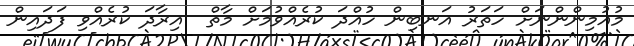
މުއުމިންންނަށް ހަތަރު އަނބިން ހުއްދަ ކުރެއްވުމަށް މާތް  އިރާދަ ކުރެއްވި ފަދައިން